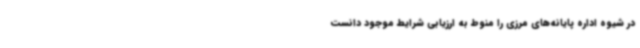
در شیوه اداره پایانه‌های مرزی را منوط به ارزیابی شرایط موجود دانست